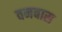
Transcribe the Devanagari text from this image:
वनबास